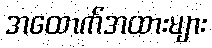
အထောက်အထားများ